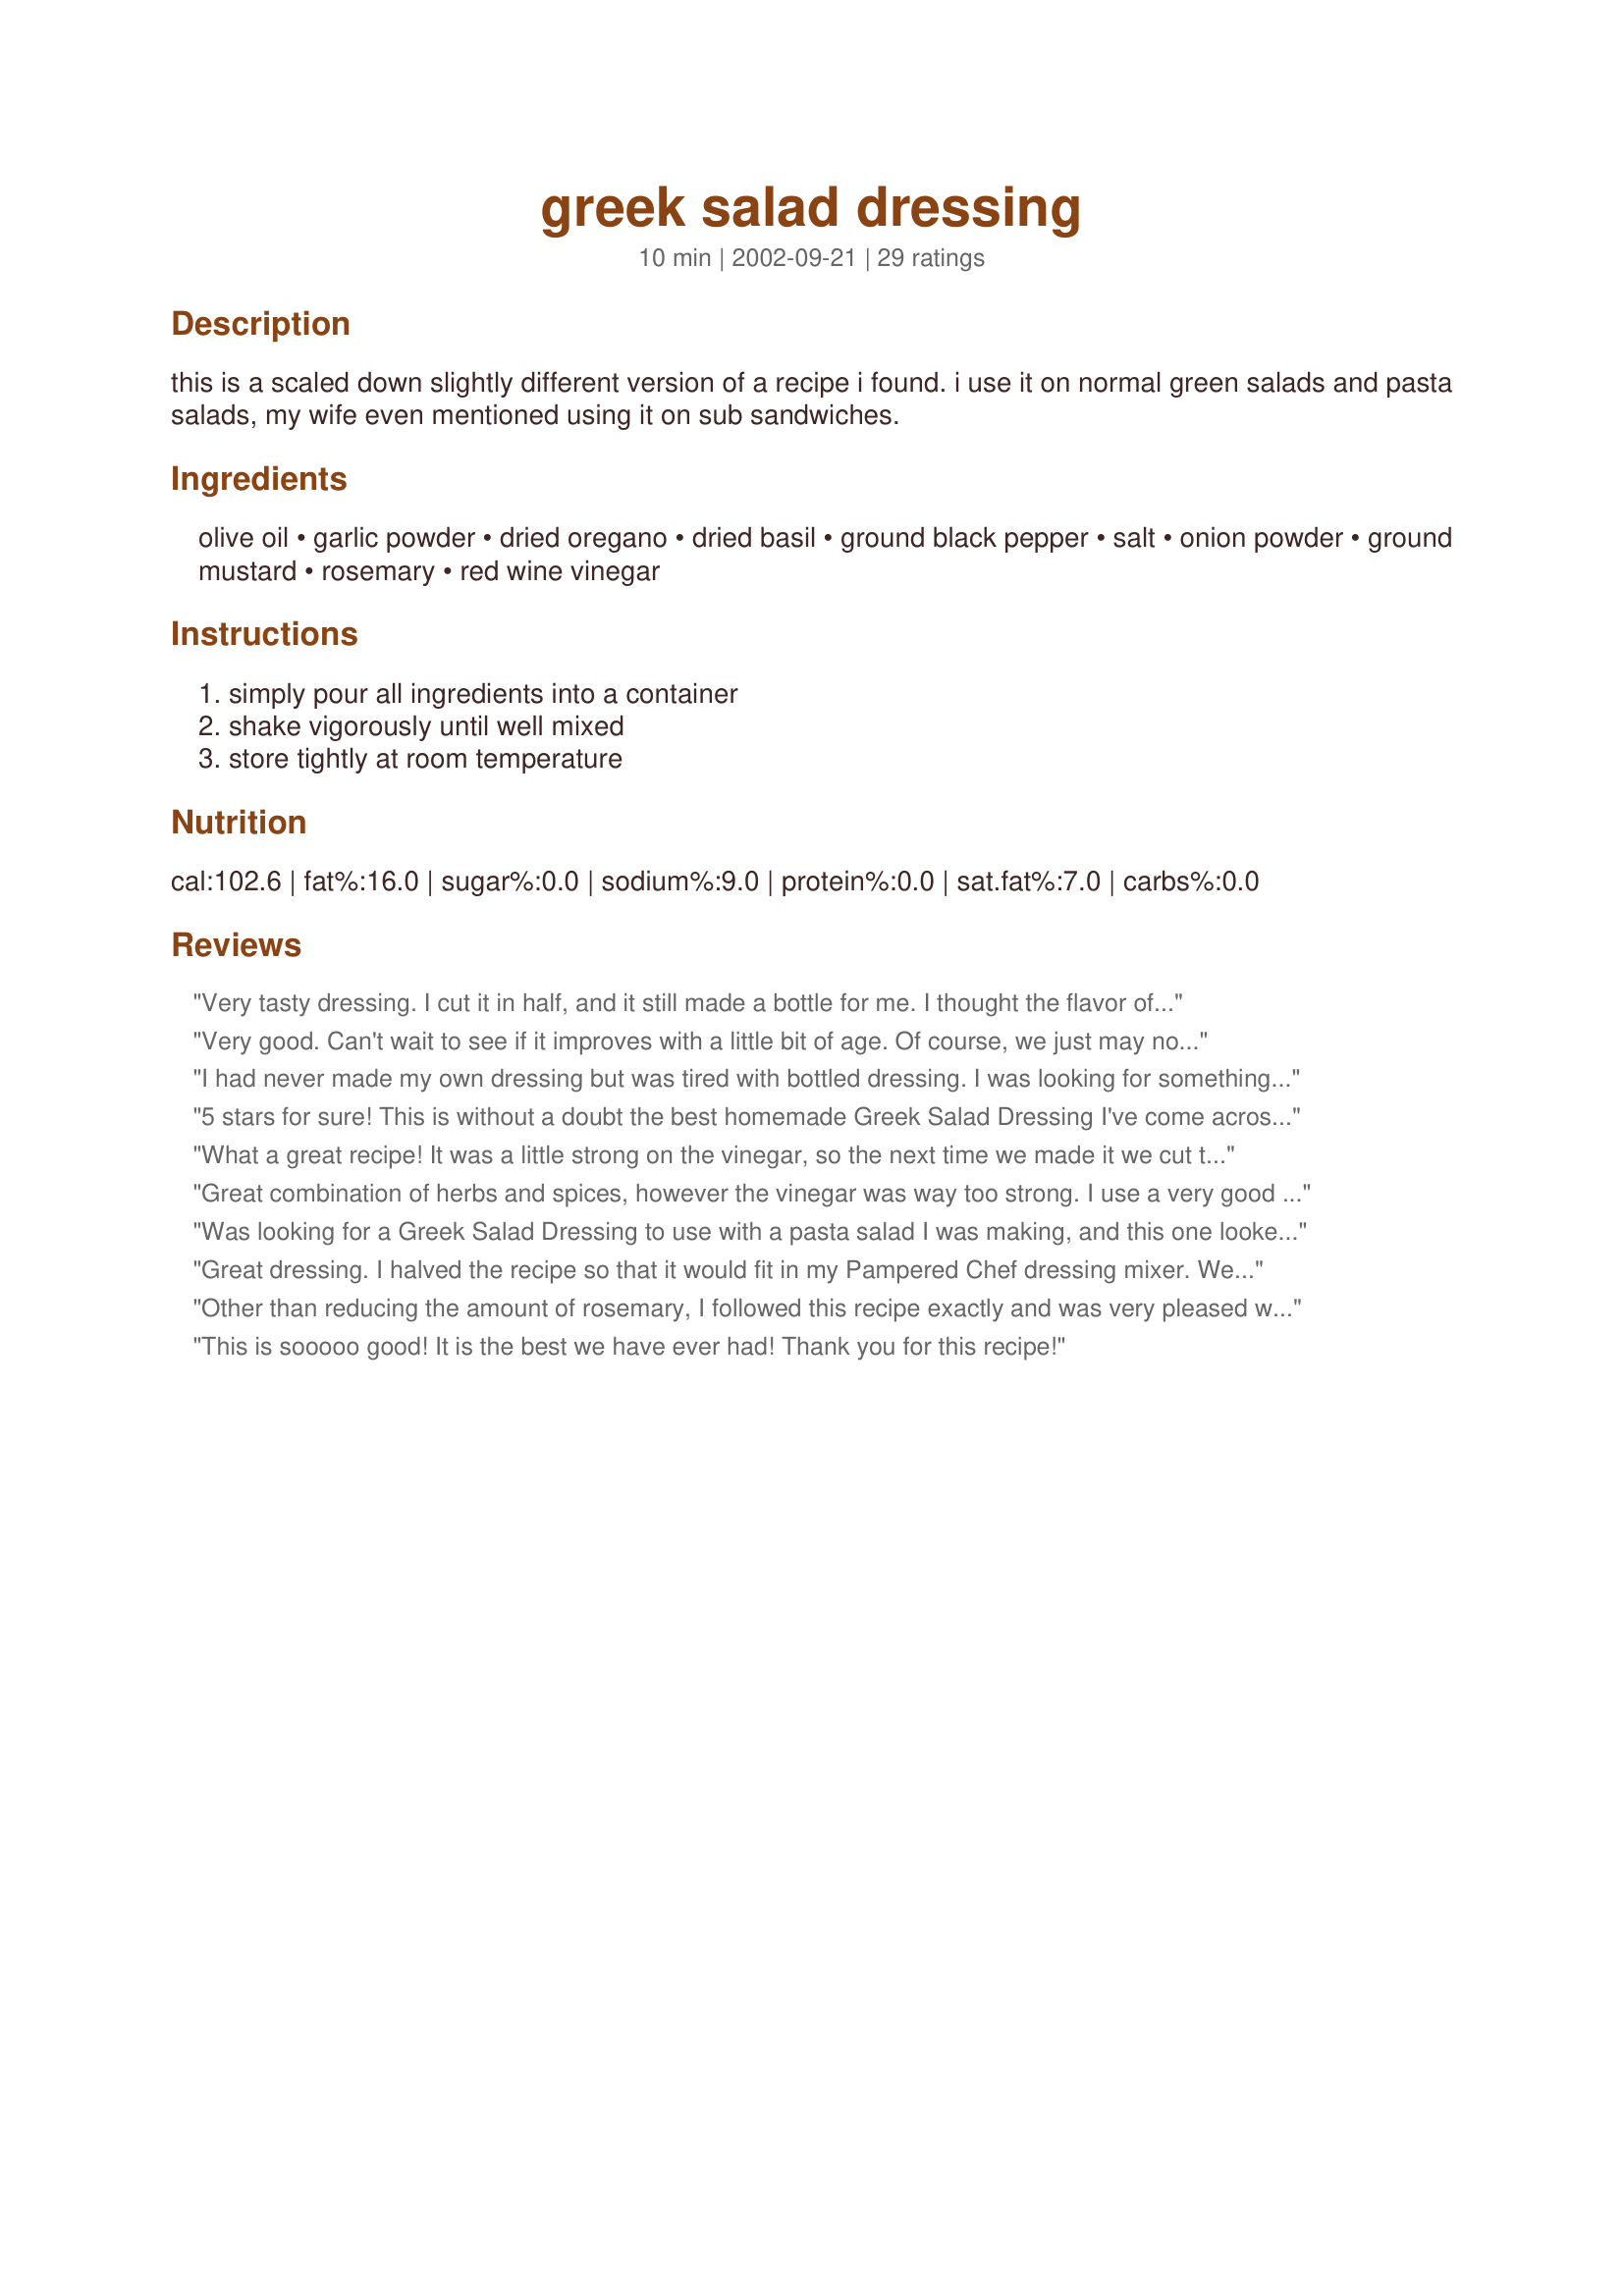
greek salad dressing
Preparation time: 10 minutes

this is a scaled down slightly different version of a recipe i found. i use it on normal green salads and pasta salads, my wife even mentioned using it on sub sandwiches.

Ingredients:
olive oil, garlic powder, dried oregano, dried basil, ground black pepper, salt, onion powder, ground mustard, rosemary, red wine vinegar

Steps:
simply pour all ingredients into a container, shake vigorously until well mixed, store tightly at room temperature

Reviews:
Very tasty dressing. I cut it in half, and it still made a bottle for me. I thought the flavor of all the spices was great, just a little strong. It seemed to overpower the salad a little. I think I am going to add a little oil and vinegar to what I have to dilute it a little. But over all, very tasty dressing. Thanks for posting.
Very good. Can't wait to see if it improves with a little bit of age. Of course, we just may not find out this time around! I only made 1/2 the recipe, and ended up using 1/2 c. raw cider vinegar, 1/6 c. red wine, and added 1/2 tsp. cane juice crystals. Very yummy! The only thing I might do differently next time is add a 1/4 tsp. instant sure jel to thicken it up a bit. Thanks!
I had never made my own dressing but was tired with bottled dressing. I was looking for something that I had all the ingredients for, when I came across this recipe. I had everything so decided to mix it up. This was really good and very easy to make. I cut the recipe in half and have enough for numerous salads.
5 stars for sure! This is without a doubt the best homemade Greek Salad Dressing I've come across. I served it with our dinner salad when we had some pretty picky company, and it was a great hit! Thanks Kenn, for sharing. It will be a regular at our house from now on!
What a great recipe! It was a little strong on the vinegar, so the next time we made it we cut the vinegar in half. It tastes better after it sits for a day. We have made this several times already. Thanks for a yummy salad dressing. We served it with a greek salad.
Great combination of herbs and spices, however the vinegar was way too strong. I use a very good red wine vinegar that i have used for years. I have never seen a dressing that used vinegar and oil in equal amounts or ar in this case even more vinegar than oil. In order to make it eddible I had to add more oil, 1/3c of water and 2 tsp. of Splenda.Now I love it. Next time I will only use 1/2c vinegar.
Was looking for a Greek Salad Dressing to use with a pasta salad I was making, and this one looked good. Made it and family loved the flavor of it on our pasta salad. Will be using this on my pasta salads now, instead of buying it. Made as written. Thank you for sharing it.
Great dressing. I halved the recipe so that it would fit in my Pampered Chef dressing mixer. We had it with a greek salad one night and then tossed with some pasta, feta, tomatoes and kalmata olives.
Other than reducing the amount of rosemary, I followed this recipe exactly and was very pleased with the tasty results. I used a lemon flavored olive oil, which complimented everything else nicely.
This is sooooo good! It is the best we have ever had! Thank you for this recipe!
Thank you!!! So many of the dressing recipes are way too oily for me and my family. I left the rosemary out of this dressing and used canola oil & it was really good. The best of the Greek dressings I have tried from 'Zaar. Nice and zesty, and perfectly flavorful without the rosemary. Best of all, it didn't taste like oil.
Kenn, I've been looking for a good Greek dressing and yours is very good! It has alot of nice flavor. Thanks for sharing.
So much better then the bottled type. My son felt it was a bit too strong for his palette, whereas my husband liked it very much. I thought it was just right. :)
Quick and easy had everything on hand, much tastier then store brands which tend to be to oily for me this was great THANKS
Great! I was very surprised with this dressing. I wanted a tangy dressing with tons of flavor. My tastebuds got the wake up I sought. Surprisingly, my 6 yo loves it too. I served this on cold cut up chicken (that had been poached), tomato, cucumber and crumbled feta. Delish!
I had this on a green salad and enjoyed it. I think, however, it would probably be better on a Greek salad with lots of tomatoes and feta and olives.
I had no red wine vinegar so I substituted cider vinegar and added 2 tbsp lemon juice and a few healthy dashes of balsamic vinegar. Came out perfect. Thanks for sharing!
When I make this I use half olive oil and half canola oil. It just seems a little bit lighter and refrigerates better than all olive oil. I also use my immersion blender and it emulsifies the dressing and it becomes quite creamy. The same goal could be achieved by putting all ingredients except the oil in a blender. While blender is running, drizzle in oil. Wonderful flavor and also very good as a dressing for pasta salad. HINT with pasta salad: I make mine the night before but keep the pasta refrigerated separately from the veggies. I pour the dressing over the veggies and let them marinate overnight. Combine with pasta just before serving. Great flavor and pasta does not get mushy or fall apart.
I did not use this as a salad dressing. In fact, I am not sure I will because I like a thicker dressing for salads. However, I made this up to marinate some chicken legs and it was awesome. The chicken really absorbed the flavor and everyone liked it.
I am also in love with Panera's greek salad this was very close. Thanks for the recipe Kenn.
thanks...reminds me of the house dressing at Towne Restaurant, Buffalo, NY
This is a great salad dressing. I did make some changes to suit my taste. I used canola oil instead of olive oil. I only used 3/4 cup red wine vinegar. I omitted the rosemary and added 3 tsp of dill weed. I deleted my other Greek Salad Dressing recipes because this one is the best!
I've been searching for this flavor!! I doubled the recipe so I would have enough for the week. In the second batch I ran out of red wine vinegar, so I used white wine vinegar... Mixed it all with the first batch and turned out FAB!!! Thanks for sharing!!
Great!
This was a very flavorful and delicious dressing! I had this on some Greek salad and it was great! It was very herbal and the oil/vinegar seemed well balanced. Definitely a recipe to keep on hand. Thanks so much!
Halves easily and tastes good. I just used up the last of another Recipezaar recipe, Italian Dressing with Sass. After eating that and switching to this, it seems a little bland. As another reviewer pointed out, perhaps it would taste best on a Greek salad versus just plain greens.
Unbelievable. I am in love w/ Panera's Greek Salad. This dressing is pretty close. I served it over salad sprinkled w/ feta cheese. I could eat this every day. Thanks for sharing.
Never been to Pano's in Buffalo, but it's very similar to other greek dressings in the Buffalo, NY area. LOVE IT! Wish it was less calorie, but it's so tasty. I love the zing of the vinegar--- I prefer my greek dressings more "zingy" than "oily"
Delicious! I used it for the dressing in a Greek style pasta salad (#101545). It was perfect. Thanks for posting.
